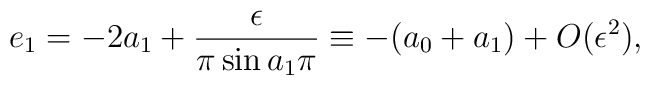
e_{1}=-2a_{1}+ \frac{\epsilon}{\pi \sin a_{1}\pi}\equiv-(a_0+a_1) +O(\epsilon^2),